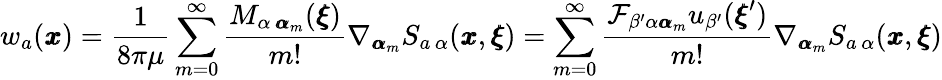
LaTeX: w_{a}({\pmb x})=\frac{1}{8\pi\mu}\sum_{m=0}^{\infty}\frac{M_{\alpha\, {\pmb\alpha}_{m}}({\pmb\xi})}{m!}\nabla_{{\pmb\alpha}_{m}}S_{a\, \alpha}({\pmb x},{\pmb\xi})=\sum_{m=0}^{\infty}\frac{\mathcal{F}_{\beta^{\prime}\alpha{\pmb\alpha}_{m}}u_{\beta^{\prime}}({\pmb\xi}^{\prime})}{m!}\nabla_{{\pmb\alpha}_{m}}S_{a\, \alpha}({\pmb x},{\pmb\xi})